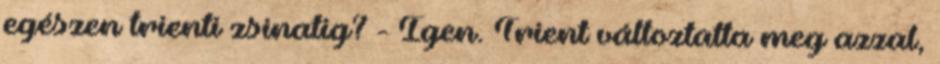
egészen trienti zsinatig? - Igen. Trient változtatta meg azzal,